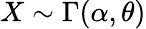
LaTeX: X\sim\Gamma(\alpha,\theta)